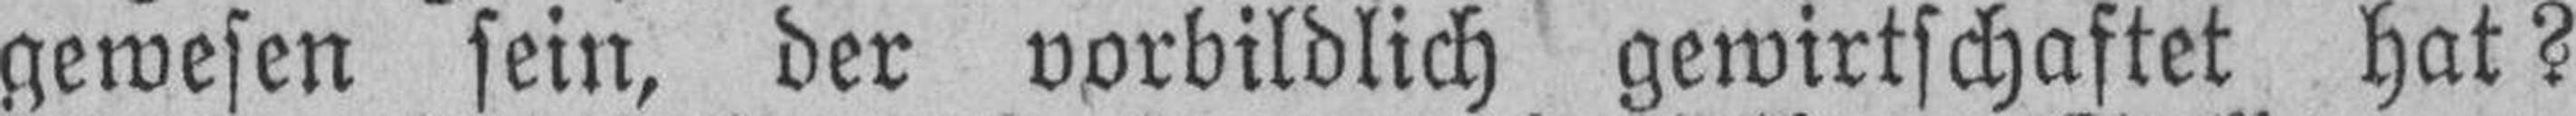
gewesen sein, der vorbildlich gewirtschaftet hat?